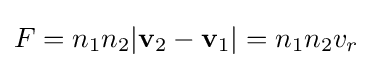
F=n_{1}n_{2}|\mathbf {v} _{2}-\mathbf {v} _{1}|=n_{1}n_{2}v_{r}